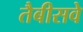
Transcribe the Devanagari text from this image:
तैबीसवे